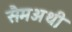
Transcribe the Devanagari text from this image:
सैमअथ़ी